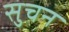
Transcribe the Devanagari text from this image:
सुचन